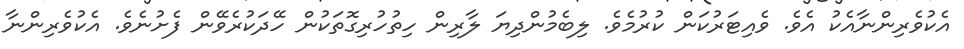
އެކުވެރިންނާއެކު އެވެ. ވެއިޓަރުކަން ކުރުމެވެ. ލިބެމުންދިޔަ ލާރިން ހިތުހުރިގޮތަކުން ހޭދަކުރެވޭން ފެށުނެވެ. އެކުވެރިންނާ